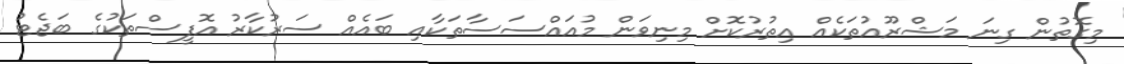
މިގޮތުން ގިނަ މަޝްރޫއުތަކެއް އިތުރުކޮށް މިނިވަން މުއައްސަސާތަކާއި ބައެއް ސަރުކާރު އޮފީސްތަކުގެ ބަޖެޓު